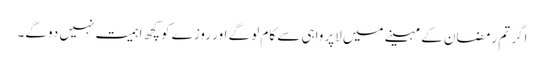
اگر تم رمضان کے مہینے میں لاپرواہی سے کام لو گے اور روزے کو کچھ اہمیت نہیں دو گے۔